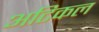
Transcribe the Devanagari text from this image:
अटिकल